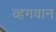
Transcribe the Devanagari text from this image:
व्हगवान